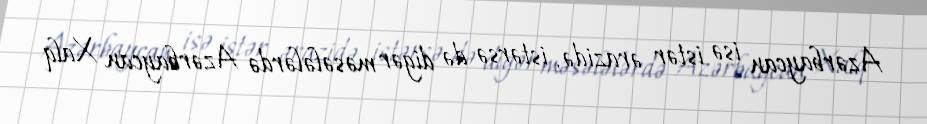
Azərbaycan isə istər ərazidə, istərsə də digər məsələlərdə Azərbaycan Xalq